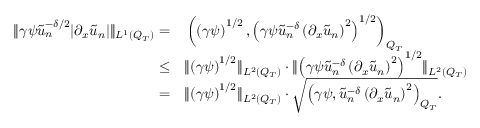
\begin{array} { r l } { \lVert \gamma \psi \tilde { u } _ { n } ^ { - \delta / 2 } \lvert \partial _ { x } \tilde { u } _ { n } \rvert \rVert _ { L ^ { 1 } ( Q _ { T } ) } = } & { { } \left( \left( \gamma \psi \right) ^ { 1 / 2 } , \left( \gamma \psi \tilde { u } _ { n } ^ { - \delta } \left( \partial _ { x } \tilde { u } _ { n } \right) ^ { 2 } \right) ^ { 1 / 2 } \right) _ { Q _ { T } } } \\ { \leq } & { { } \lVert \left( \gamma \psi \right) ^ { 1 / 2 } \rVert _ { L ^ { 2 } ( Q _ { T } ) } \cdot \lVert \left( \gamma \psi \tilde { u } _ { n } ^ { - \delta } \left( \partial _ { x } \tilde { u } _ { n } \right) ^ { 2 } \right) ^ { 1 / 2 } \rVert _ { L ^ { 2 } ( Q _ { T } ) } } \\ { = } & { { } \lVert \left( \gamma \psi \right) ^ { 1 / 2 } \rVert _ { L ^ { 2 } ( Q _ { T } ) } \cdot \sqrt { \left( \gamma \psi , \tilde { u } _ { n } ^ { - \delta } \left( \partial _ { x } \tilde { u } _ { n } \right) ^ { 2 } \right) _ { Q _ { T } } } . } \end{array}